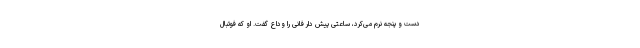
دست و پنجه نرم می‌کرد، ساعتی پیش دار فانی را وداع گفت. او که فوتبال